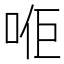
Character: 𠳔